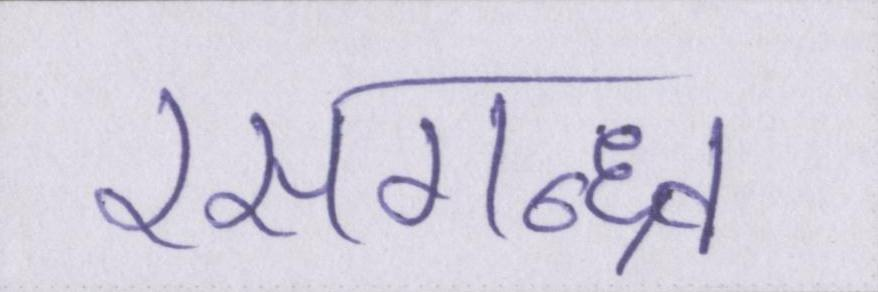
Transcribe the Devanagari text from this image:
रसगन्ध्र्व